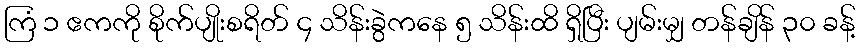
ကြံ ၁ ဧကကို စိုက်ပျိုးစရိတ် ၄ သိန်းခွဲကနေ ၅ သိန်းထိ ရှိပြီး ပျမ်းမျှ တန်ချိန် ၃၀ ခန့်